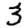
Digit: 3